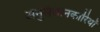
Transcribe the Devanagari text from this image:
अनुसंधानकारियों